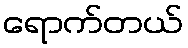
ရောက်တယ်